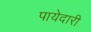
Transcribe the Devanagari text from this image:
पायेदारी